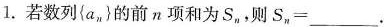
1.若数列{an}的前n项和为S，，则S，=__